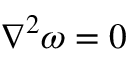
\nabla ^ { 2 } { \boldsymbol { \omega } } = 0